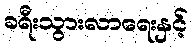
ခရီးသွားလာရေးနှင့်